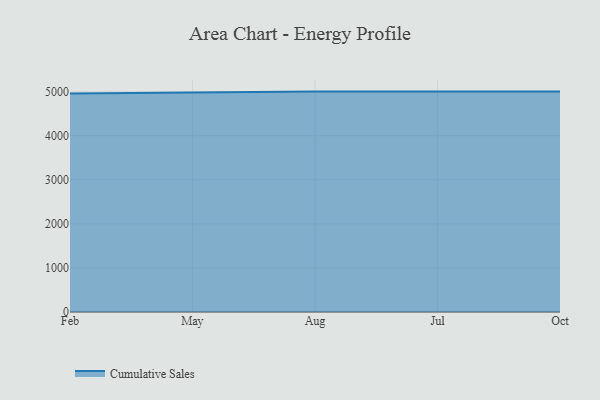
{"axis": {"x": "Month", "y": "Revenue (USD Million)"}, "legend": ["Cumulative Sales"], "data": [{"x": "Feb", "y": 4956.9, "type": "Cumulative Sales"}, {"x": "May", "y": 4986.2, "type": "Cumulative Sales"}, {"x": "Aug", "y": 5000, "type": "Cumulative Sales"}, {"x": "Jul", "y": 5000, "type": "Cumulative Sales"}, {"x": "Oct", "y": 5000, "type": "Cumulative Sales"}]}